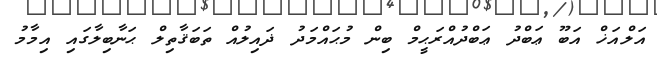
އަލްއަޚް އަބޫ ޢަބްދު ޢަބްދުއްރަޙީމް ބިން މުޙައްމަދު ޛައިލުއް ތަބަޤާތިލް ޙަނާބިލާގައި އިމާމު